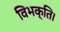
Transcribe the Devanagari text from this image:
विभक्ति।